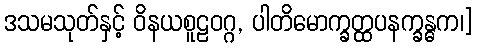
ဒသမသုတ်နှင့် ဝိနယစူဠဝဂ္ဂ, ပါတိမောက္ခတ္ထပနက္ခန္ဓက၊]